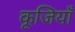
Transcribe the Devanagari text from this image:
कूजियाँ